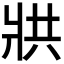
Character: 𭷄